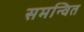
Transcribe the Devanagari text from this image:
समन्‍वित